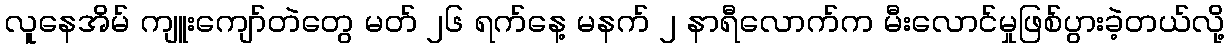
လူနေအိမ် ကျူးကျော်တဲတွေ မတ် ၂၆ ရက်နေ့ မနက် ၂ နာရီလောက်က မီးလောင်မှုဖြစ်ပွားခဲ့တယ်လို့